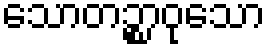
သောတဉ္စာဝုသော